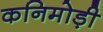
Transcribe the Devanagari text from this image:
कनिमोड़ी